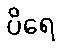
ပိရေ